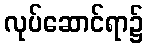
လုပ်ဆောင်ရာ၌